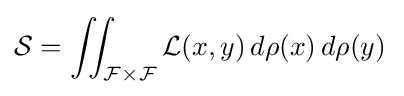
{\mathcal {S}}=\iint _{{\mathcal {F}}\times {\mathcal {F}}}{\mathcal {L}}(x,y){\,}d\rho (x){\,}d\rho (y){\,}